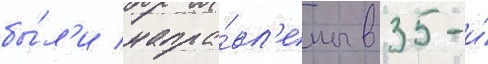
бы́л'и напра́вл'ены в 35-и́